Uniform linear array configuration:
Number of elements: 32
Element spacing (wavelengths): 0.75
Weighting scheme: blackman
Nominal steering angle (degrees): -45
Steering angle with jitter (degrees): -44.433
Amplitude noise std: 0.05
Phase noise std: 0.05

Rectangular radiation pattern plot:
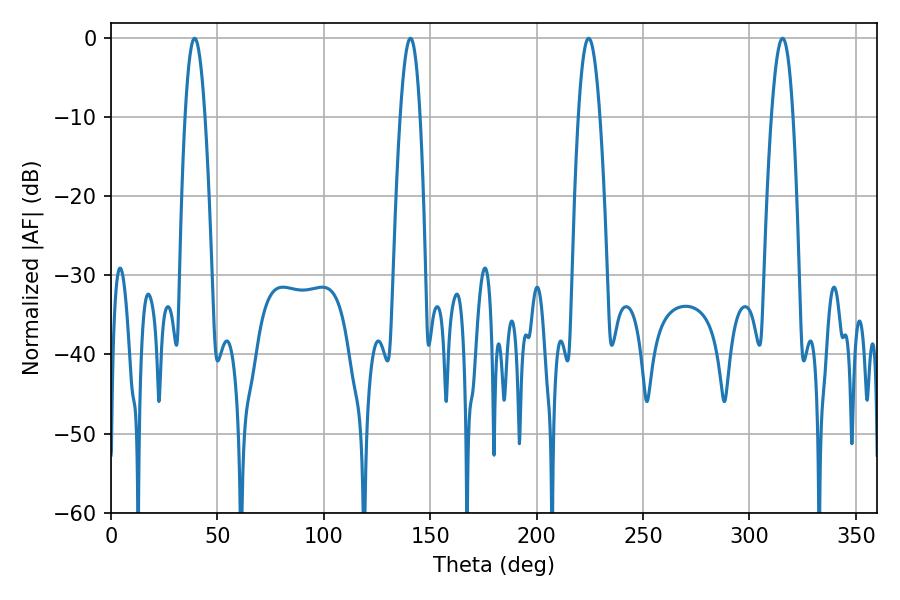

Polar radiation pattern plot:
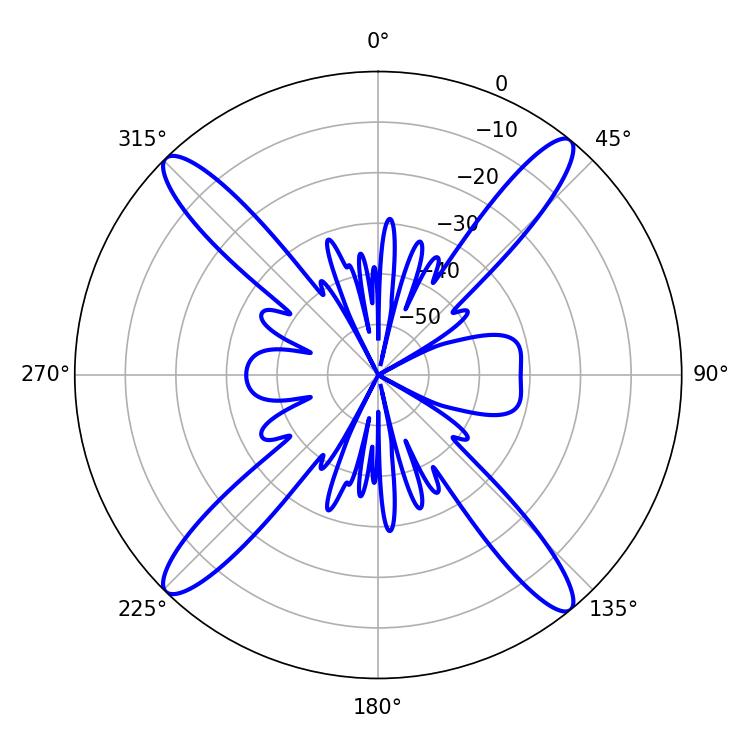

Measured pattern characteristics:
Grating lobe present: TRUE
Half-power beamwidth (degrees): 5.58
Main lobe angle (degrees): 224.46